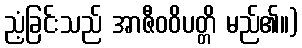
ညံ့ခြင်းသည် အာဇီဝဝိပတ္တိ မည်၏။)